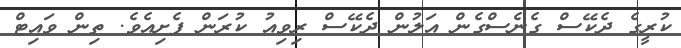
ކުރީގެ ދެކޭސް ގެނެސްގެން އަލުން ދެކޭސް ރިވިއު ކުރަން ފެށިއެވެ. ތިން ވައިޓް